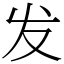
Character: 发